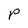
Character: P